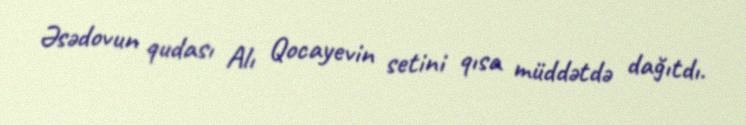
Əsədovun qudası Alı Qocayevin setini qısa müddətdə dağıtdı.